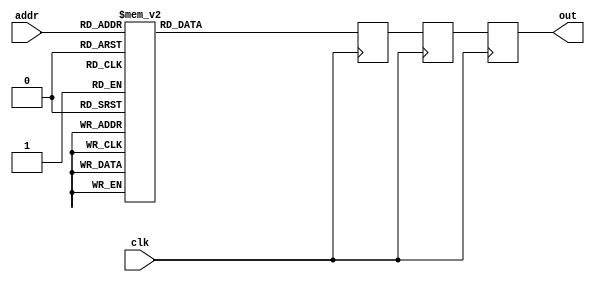
module D10_31450(addr, out, clk);
   input clk;
   output [15:0] out;
   reg [15:0] out, out2, out3;
   input [2:0] addr;
   always @(posedge clk) begin
      out2 <= out3;
      out <= out2;
   case(addr)
      0: out3 <= 16'h4000;
      1: out3 <= 16'h3b21;
      2: out3 <= 16'h2d41;
      3: out3 <= 16'h187e;
      4: out3 <= 16'h0;
      5: out3 <= 16'he782;
      6: out3 <= 16'hd2bf;
      7: out3 <= 16'hc4df;
      default: out3 <= 0;
   endcase
   end
endmodule